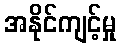
အနိုင်ကျင့်မှု